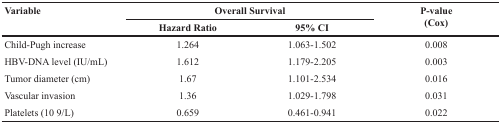
| <ROWSPAN=2> Variable | <COLSPAN=2> Overall Survival | <ROWSPAN=2> P-value(Cox) |
 | Hazard Ratio | 95% CI |
 | --- | --- | --- | --- |
 | Child-Pugh increase | 1.264 | 1.063-1.502 | 0.008 |
 | HBV-DNA level (IU/mL) | 1.612 | 1.179-2.205 | 0.003 |
 | Tumor diameter (cm) | 1.67 | 1.101-2.534 | 0.016 |
 | Vascular invasion | 1.36 | 1.029-1.798 | 0.031 |
 | Platelets (10 9/L) | 0.659 | 0.461-0.941 | 0.022 |